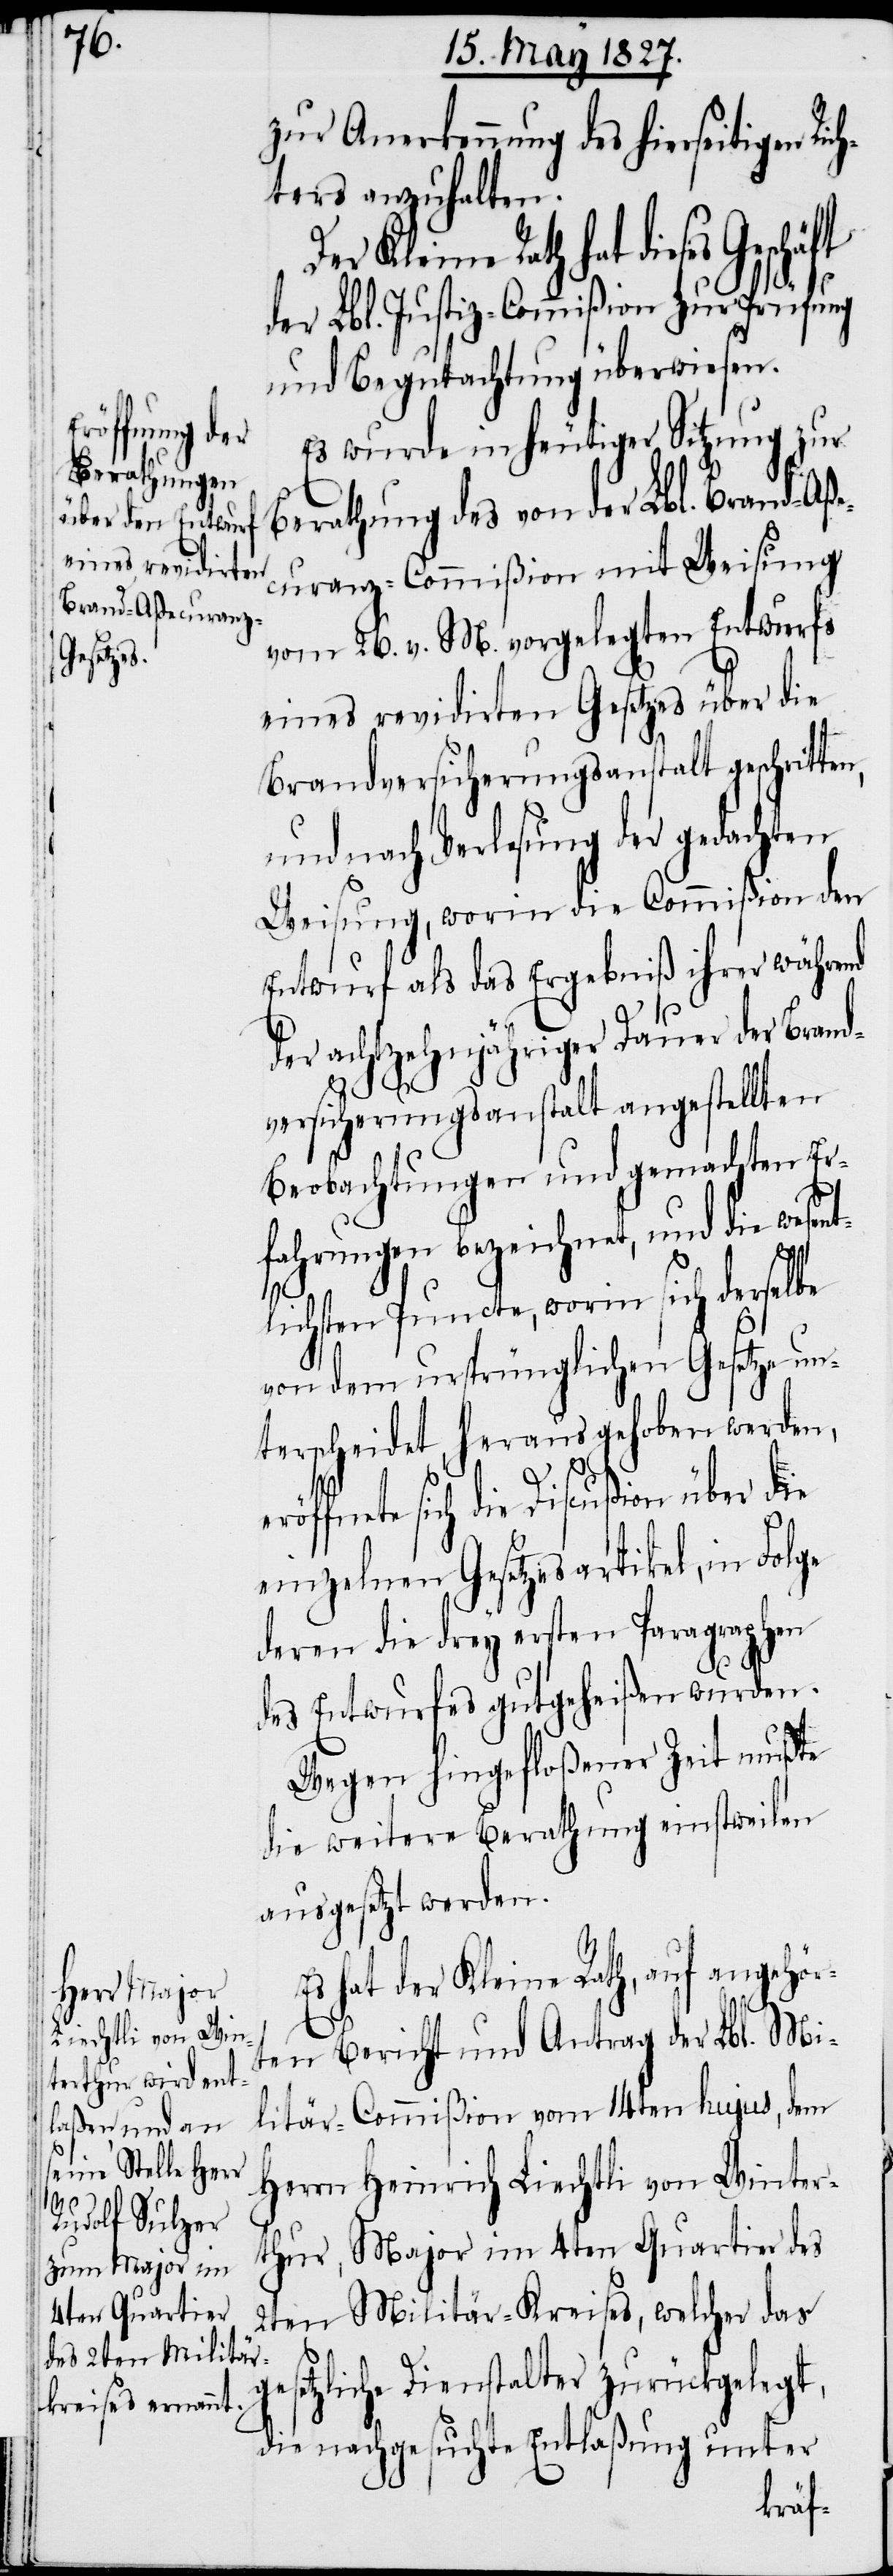
zur Anerkennung des hierseitigen Ri¬
ters anzuhalten.
er Kleine Rath hat dieses
der Llb. Justiz-Commißion zur Prüfung
und Begutachtung überwiesen.
Es wurde in heutiger Sitzung zur
D¬
Berathung des von der Lbl. Brand-Aße¬
curanz-Commißion mit Weisung
vom 26. v. M. vorgelegten Entwurfs
eines revidirten Gesetzes über die
Brandversicherungsanstalt geschritte¬
und nach Verlesung der gedachten
Weisung, worin die Commißion den
Entwurf als das Ergebniß ihrer während
der achtzehnjährigen Dauer der Brand¬
n,
versicherungsanstalt angestellten
Beobachtungen und gemachten Er¬
fahrungen bezeichnet, und die wesen¬
tlichen Puncte, worin sich derselbe
von dem ursprünglichen Gesetze un¬
terscheidet, heraus gehoben werden,
fnete sich die Discußion über die
einzelnen Gesetzesartikel, in Folge
deren die drey ersten Paragraphen
des Entwurfes gutgeheißen wurden.
Wegen hingefloßener Zeit mußte
die weitere Berathung einstweilen
ausgesetzt werden.
Es hat der Kleine Rath, auf angehör¬
ten Bericht und Antrag der Lbl. Mi¬
litär-Commißion vom 14ten hujus, dem
Herrn Heinrich Liechtli von Winter¬
thur, Major im 4ten Quartier des
2ten Militär-Kreises, welcher das
gesetzliche Dienstalter zurückgelegt,
die nachgesuchte Entlaßung unter
eröf¬